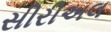
સીરીઅલ